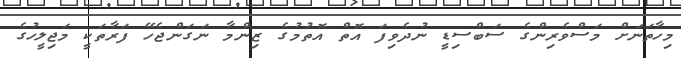
މިހާތަނަށް މަސްވެރިންގެ ސަބްސިޑީ ނުދެވިފަ އޮތް އޮތުމުގެ ޒިންމާ ނަގަންޖެހޭ ފަރާތަކީ މަޖިލީހުގެ